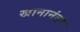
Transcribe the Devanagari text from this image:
खानानंतर